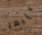
عليها